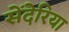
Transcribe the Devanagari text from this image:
सेंदेरिया